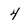
Character: 4